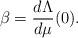
LaTeX: \begin{align*}\beta = \frac{d \Lambda}{d \mu}(0).\end{align*}